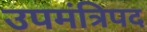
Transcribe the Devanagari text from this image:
उपमंत्रिपद